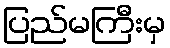
ပြည်မကြီးမှ